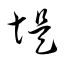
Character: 堤